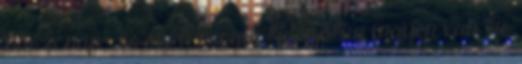
bár a nap- és szélenergia látszólag ingyen van, de